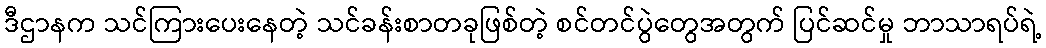
ဒီဌာနက သင်ကြားပေးနေတဲ့ သင်ခန်းစာတခုဖြစ်တဲ့ စင်တင်ပွဲတွေအတွက် ပြင်ဆင်မှု ဘာသာရပ်ရဲ့